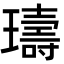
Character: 璹